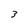
Character: 3